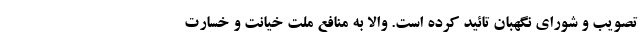
تصویب و شورای نگهبان تائید کرده است. والا به منافع ملت خیانت و خسارت